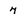
Character: 7